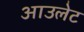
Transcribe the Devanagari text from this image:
आउलेट